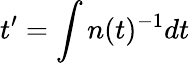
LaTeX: t^{\prime}=\int n(t)^{-1}dt